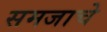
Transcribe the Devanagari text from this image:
समजाचे